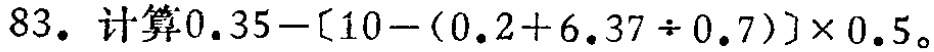
$83. 计算0.35-[10-(0.2 + 6.37\div0.7)]\times0.5。$